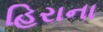
હિરાના